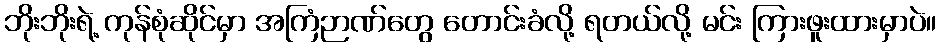
ဘိုးဘိုးရဲ့ ကုန်စုံဆိုင်မှာ အကြံဉာဏ်တွေ တောင်းခံလို့ ရတယ်လို့ မင်း ကြားဖူးထားမှာပဲ။